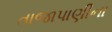
તાજાપાણીના